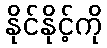
နိုင်နိုင့်ကို